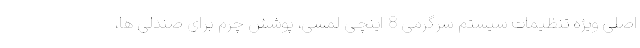
اصلی ویژه تنظیمات سیستم سرگرمی 8 اینچی لمسی، پوشش چرم برای صندلی ها،